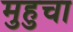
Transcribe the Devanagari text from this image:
मुहुचा